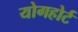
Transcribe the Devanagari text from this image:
योगहोर्ट